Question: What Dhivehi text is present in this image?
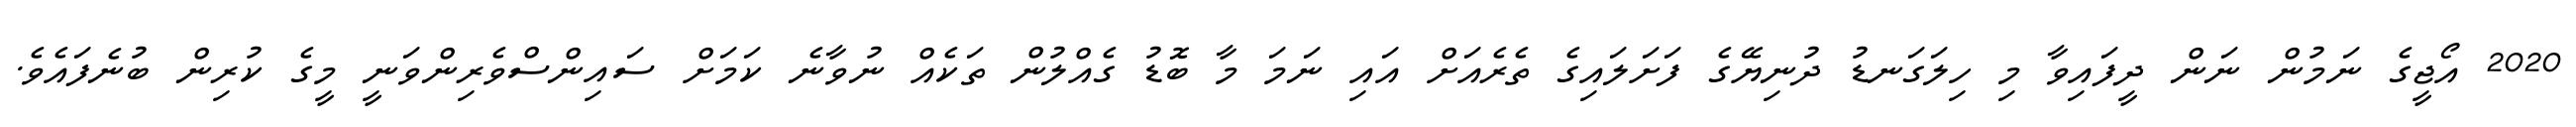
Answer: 2020 އޯޖީގެ ނަމުން ނަން ދީފައިވާ މި ހިލަގަނޑު ދުނިޔޭގެ ފަށަލައިގެ ތެރެއަށް އައި ނަމަ މާ ބޮޑު ގެއްލުން ތަކެއް ނުވާނެ ކަމަށް ސައިންސްވެރިންވަނީ މީގެ ކުރިން ބުނެފައެވެ.